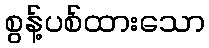
စွန့်ပစ်ထားသော